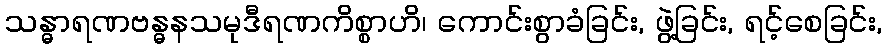
သန္ဓာရဏဗန္ဓနသမုဒီရဏကိစ္စာဟိ၊ ကောင်းစွာခံခြင်း, ဖွဲ့ခြင်း, ရင့်စေခြင်း,